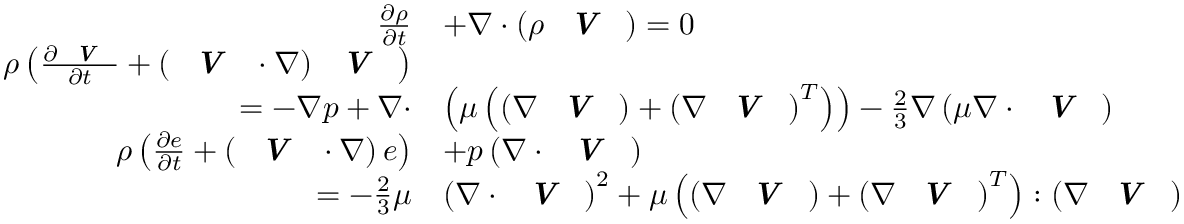
\begin{array} { r l } { \frac { \partial \rho } { \partial t } } & { + \nabla \cdot \left( \rho \textbf { \textit { V } } \right) = 0 } \\ { \rho \left( \frac { \partial \textbf { \textit { V } } } { \partial t } + \left( \textbf { \textit { V } } \cdot \nabla \right) \textbf { \textit { V } } \right) } & { } \\ { = - \nabla p + \nabla \cdot } & { \left( \mu \left( \left( \nabla \textbf { \textit { V } } \right) + \left( \nabla \textbf { \textit { V } } \right) ^ { T } \right) \right) - \frac { 2 } { 3 } \nabla \left( \mu \nabla \cdot \textbf { \textit { V } } \right) } \\ { \rho \left( \frac { \partial e } { \partial t } + \left( \textbf { \textit { V } } \cdot \nabla \right) e \right) } & { + p \left( \nabla \cdot \textbf { \textit { V } } \right) } \\ { = - \frac { 2 } { 3 } \mu } & { \left( \nabla \cdot \textbf { \textit { V } } \right) ^ { 2 } + \mu \left( \left( \nabla \textbf { \textit { V } } \right) + \left( \nabla \textbf { \textit { V } } \right) ^ { T } \right) : \left( \nabla \textbf { \textit { V } } \right) } \end{array}